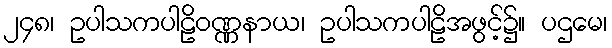
၂၄၈၊ ဥပါသကပါဠိဝဏ္ဏနာယ၊ ဥပါသကပါဠိအဖွင့်၌။ ပဌမေ၊